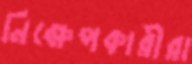
নিক্ষেপকারীরা